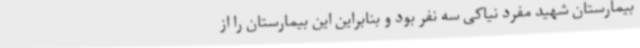
بیمارستان شهید مفرد نیاکی سه نفر بود و بنابراین این بیمارستان را از